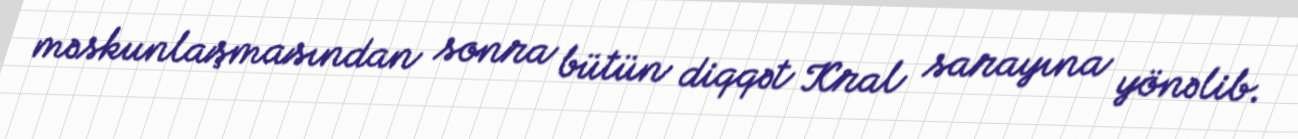
məskunlaşmasından sonra bütün diqqət Kral sarayına yönəlib.